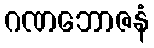
ဂဏဘောဇနံ